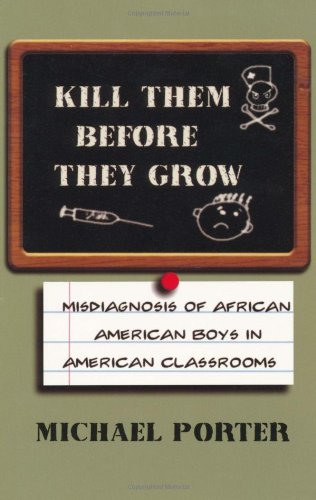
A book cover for Kill Them Before They Grow: Misdiagnosis of African American Boys in American Classrooms; Michael Porter; Gay & Lesbian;